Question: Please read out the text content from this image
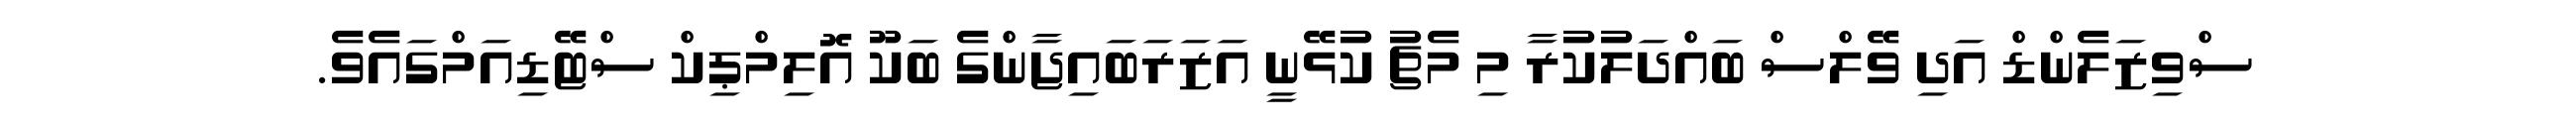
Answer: ސްވިޒަލެންޑް އަދި ވޭލްސް ބައްދަލުކުރާ މި މެޗު ކުޅޭނީ އަޒަރަބައިޖާންގެ ބަކޫ އޮލިމްޕިކް ސްޓޭޑިއަމްގައެވެ.